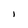
Character: I